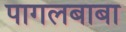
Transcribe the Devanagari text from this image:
पागलबाबा